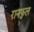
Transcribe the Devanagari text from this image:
रानफुल